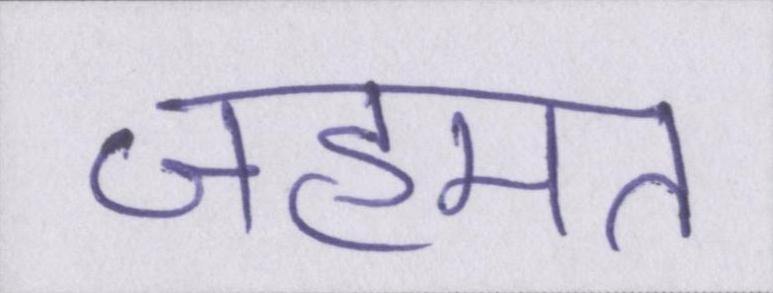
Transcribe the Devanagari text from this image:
जहमत